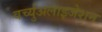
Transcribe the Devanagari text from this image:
वर्च्युअलाइजेशन